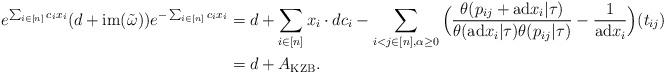
LaTeX: \begin{align*}e^{\sum_{i\in[n]} c_i x_i}(d+\mathrm{im}(\tilde\omega))e^{-\sum_{i\in[n]} c_i x_i}& =d+\sum_{i\in[n]}x_i\cdot dc_i-\sum_{i<j\in[n],\alpha\geq 0}\Big({\theta(p_{ij}+\mathrm{ad}x_i|\tau)\over\theta(\mathrm{ad}x_i|\tau)\theta(p_{ij}|\tau)}-{1\over \mathrm{ad}x_i}\Big)(t_{ij})\\ & =d+A_{\mathrm{KZB}}. \end{align*}